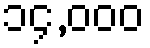
၁၄,၀၀၀